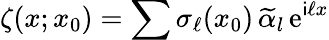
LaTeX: \zeta(x;x_{0})=\sum\sigma_{\ell}(x_{0})\, \widetilde\alpha_{l}\, \mathrm{e}^{\mathsf{i}\ell x}